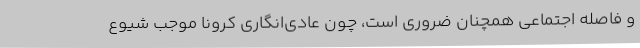
و فاصله اجتماعی همچنان ضروری است، چون عادی‌انگاری کرونا موجب شیوع